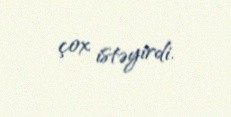
çox istəyirdi.